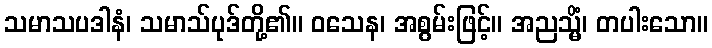
သမာသပဒါနံ၊ သမာသ်ပုဒ်တို့၏။ ဝသေန၊ အစွမ်းဖြင့်။ အညသ္မိံ၊ တပါးသော။